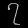
Digit: ၇